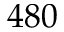
4 8 0